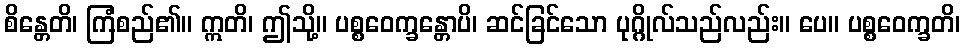
စိန္တေတိ၊ ကြံစည်၏။ ဣတိ၊ ဤသို့။ ပစ္စဝေက္ခန္တောပိ၊ ဆင်ခြင်သော ပုဂ္ဂိုလ်သည်လည်း။ ပေ။ ပစ္စဝေက္ခတိ၊